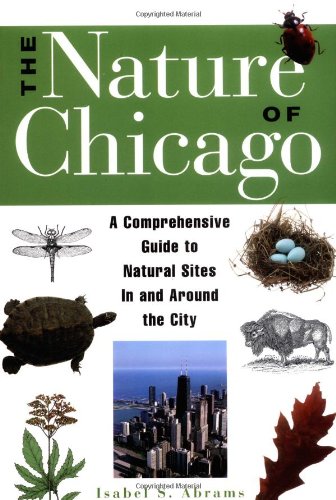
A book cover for The Nature of Chicago: A Comprehensive Guide to Natural Sites in and Around the City; Isabel S. Abrams; Travel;